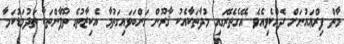
މާތް ފިރްޢައުނަށް ދެއްކެވިއެވެ. އޭގެތެރޭގައި މުދާތަކާއެކު ޤާރޫން ގަންބަވައިގަތުމާ އެކިޒާތުގެ ތޫފާންތަކާ ތަދުމަޑުކަމާ